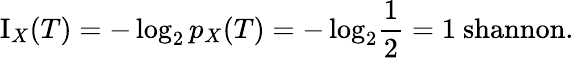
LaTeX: \operatorname{I}_{X}(T)=-\log_{2}{p_{X}{(T)}}=-\log_{2}\! {\frac{1}{2}}=1{\mathrm{~shannon}}.